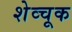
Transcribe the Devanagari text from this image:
शेव्चूक